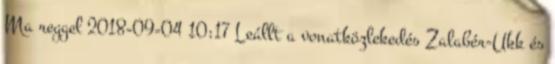
Ma reggel 2018-09-04 10:17 Leállt a vonatközlekedés Zalabér-Ukk és